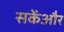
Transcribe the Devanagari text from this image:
सकेंऔर